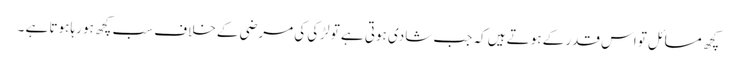
کچھ مسائل تو اس قدر کے ہوتے ہیں کہ جب شادی ہوتی ہے تو لڑکی کی مرضی کے خلاف سب کچھ ہو رہا ہوتا ہے ۔